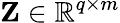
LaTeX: \mathbf{Z}\in\mathbb{R}^{q\times m}